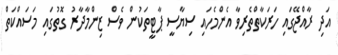
އަދި ރާއްޖޭގައި ހަރަކާތްތެރިވާ އެންމެހައި ސިޔާސީ ޕާޓީތަކުން ވެސް ޒިންމާދާރު ގޮތުގައި މަސައްކަތް